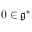
0 \in { \mathfrak { g } } ^ { * }